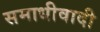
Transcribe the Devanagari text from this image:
समाधीवादी